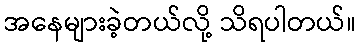
အနေများခဲ့တယ်လို့ သိရပါတယ်။